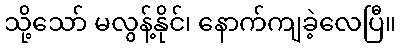
သို့သော် မလွန့်နိုင်၊ နောက်ကျခဲ့လေပြီ။